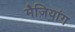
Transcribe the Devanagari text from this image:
मैज़ियांग